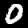
Label: 0